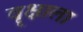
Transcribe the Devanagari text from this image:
वॄक्षाला